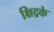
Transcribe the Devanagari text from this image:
क्षिद्रके